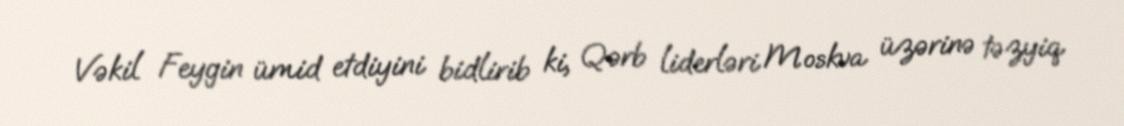
Vəkil Feygin ümid etdiyini bidlirib ki, Qərb liderləri Moskva üzərinə təzyiq